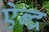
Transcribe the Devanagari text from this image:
ऐन्‍द्र